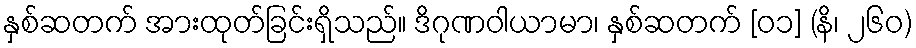
နှစ်ဆတက် အားထုတ်ခြင်းရှိသည်။ ဒိဂုဏဝါယာမာ၊ နှစ်ဆတက် [၀၁] (နိ၊ ၂၆၀)